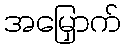
အမြှောက်